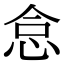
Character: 𢙅